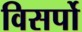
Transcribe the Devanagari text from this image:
विसर्पो